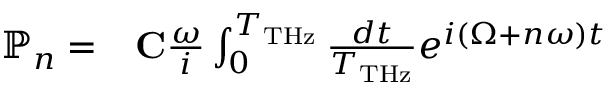
\begin{array} { r l } { \mathbb { P } _ { n } = } & { { } { \bf C } \frac { \omega } { i } \int _ { 0 } ^ { T _ { \mathrm { T H z } } } \frac { d t } { T _ { \mathrm { T H z } } } e ^ { i ( \Omega + n \omega ) t } } \end{array}